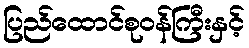
ပြည်ထောင်စုဝန်ကြီးနှင့်